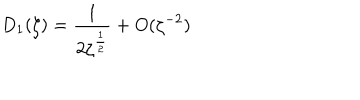
D _ { 1 } ( \zeta ) = \frac { 1 } { 2 \zeta ^ { \frac 1 2 } } + O ( \zeta ^ { - 2 } )